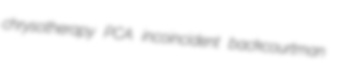
chrysotherapy PCA incoincident backcourtman